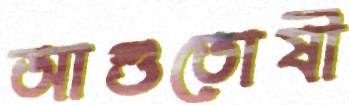
আশুতোষী